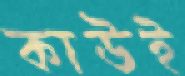
কাউই